Medical and sanitary report of the native army of Bengal for the year
Year: 1877
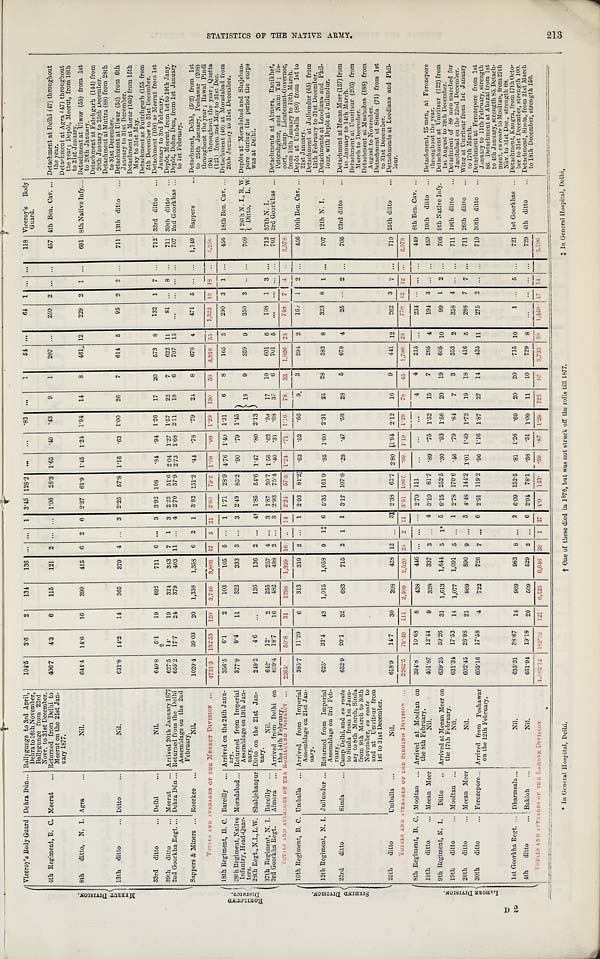
213
CI
t t
† One of these died in 1876, but was not struck off the rolls till 1877.
* In General hospital, Delhi.
‡ In General Hospital, Delhi,
M E R R U T D I V I S I O N Viceroy's Body Guard Debra Dún ... Ballygunge to 3rd April,
Dehra to 16th November,
Ballygunge from 23rd
Novr. to 31st December.
104.5
3.6
2
134
136 ... ...
1 3.45 128.2
...
...
.83
. . .
1
54 ...
64
1 ... . . .
118 Viceroy's Body
Guard.
4th Regiment, B. C. Meerut
... Returned from Delhi to
Meerut on the 21st Jan-
nary 1877.
406.7
4.3
6
115
121
2 ... ... 1.06 28.3 1.65
.49
.43
9
1
207 ...
250
2 ... ...
45 4th Ben. Cav. ... Detachment at Delhi (47) throughout
the year.
Detachment at Agra (47) throughout
the year ; Depôt, Meerut, from 18th
to 21st January.
8th ditto, N. I. Agra
...
Nil.
644.4
14.6
16
399
415
6 2
6 2.27 61.9 1.45 1.24
1.94
14
8
461 12
229
2
1 ...
691 8th Native Infy.... Detachment at Ulwar (55) from 1st
to 20th January.
Detachment at Fatehgarh (144) from
20th January to 25th December.
Detachment at Muttra (88) from 28th
to 31st December.
13th ditto
... Ditto
...
N i l .
631.8
14.2
14
365
379
4
. . .
3 2.25 57.8 1.16
.63 1.00
26
7
614
5
95
2
2 ...
711 13th ditto
... Detachment at Ulwar (52) from 6th J a n u a r y t o 3 1 s t D e c e m b e r .
Detachment at Morar (160) from 15th
May to 31st May.
D e t a c h m e n t a t F u t t e g h a r g h ( 1 5 5 f r o m 5 t h D e c e m b e r t o 3 1 s t D e c e m b e r .
33rd ditto
... Delhi
...
Nil.
640.8
5.1
19
692
.711
6
. . . 3 3.92 108
.84
.91 1.26
17
20
573
8
132
1
7 ...
712 33rd ditto
... Detachment (108) at Meerut from 1st
January to 3rd February.
2
39th ditto
... Meerut
... Arrived 20th January 1877
627.5
14.
19
324
343
7
1
3 2.23
51.0 2.04 1.27 1.57
22
7
622 11
81
. . . 8 ...
711 39th ditto
... Depôt, Meerut, from 1st to 19th Jany.
2nd Goorkha Regt.... Dehra Dún ... Returned from the Delhi
Assemblage on the 2nd
February.
655.2
17.7
24
379
403 11
. . .
4 2.70 57.9 2.73 1.68 2.11
18
6
707 15
. . .
...
. . .
...
707 2nd Goorkhas ... Depôt, Dehra Dun, from 1st January
to 1st February,
Detachment, Delhi, (502) from 1st
to 25th January, Peshawar (208)
throughout the year ; Rawal Pindi
194) throughout the year ; Quetta
(121) from 2nd May to 31st Dec.
Sappers & Miners ... Roorkee ...
Nil.
10204
39.03
20
1,338
1,358 6
2
1 3.82 131.2
.44
.78
.79
24
8
678
4
471
5 ...
. . .
1,149 Sappers
...
.55 1,322 13 18
. . .
5 , 2 5 6
R O H I L C U N D D I V I S I O N .
TOTALS AND AVERAGES OF THE MEERUT DIVISION
4731.3
132.53
120
3,746
3,866
4 2 5 21 2.80
79 . 2 1'09
1 . 0 9 1.29 130
58
3,916
18th Regiment, B. C. Bareilly
. . . Arrived en the 24th Janu-
ary.
356.5
6.1
2
1.03
1 0 5
5
. . . 1 1.71 28.9 4.76 1.40 1.31
6
8
165 3
290
3
1 ...
456 18th Ben. Cav. ... Detachment (16) at Moradabad from
20th January to 31st December.
28th Regiment, Native
In fantry, Head-Quar-
ters.
Moradabad ... Returned from Imperial
Assemblage on 19th Jan-
nary.
377.9
9.4
11
322
333
3
. . . 3 2.49 85.2 .90
.79 1.45
18
9
359 18
350
3 . . . ...
7 0 9 28th N. I., R. W. Depôts at Moradabad and Shajehan-
pore during the period the corps
was at Delhi.
Ditto, L. W.
28th Regt.,N. I., L. W. Shahjehanpur Ditto on the 21st Jan-
nary.
249.2
46
. . .
136
136
2 ...
4† 1.85 54.6 1.47
.80 2.13
37th Regiment, N. I. Bareilly ...
Nil.
642.
12.
2
255
257
4 ...
3 1.87
39.7 1.56
.62
'99
17
10
601
108
1 3 ...
712 37th N. I.
3rd Goorkha Regt.
Almora
... Arrived from Delhi on
the 14th February.
639.4
18.7
16
482
498
2 ...
3 2.93 754 .40
.31
.68
37
6
701
5
. . .
. . .
. . .
...
701 3rd Goorkhas ... Detachments at Almora, Ranikhet,
Petorahghur, and Naini Tal ; Es-
tort, Camp Lieutenant-Governor,
from 10th January to 10th March.
50.8
31
1 2 9 8
1 , 3 2 9
16
. . .
14
2.24
5 7 . 3 1.24
. 7 1
1 . 1 6
78
.33
1,826 23
748
7
4
. . .
2 , 5 7 8
S I R H I N D D I V I S I O N
T O T A L S A N D A V E R A G E S O F T H E R O H I L C U N D D I S T R I C T . . .
2 2 6 5 .
10th Regiment, B. C. Umballa
. . . Arrived from Imperial
Assemblage on 21st Jan-
nary.
385.7
11.29
6
313
3 1 9
2
...
1 2.93
81.2
. 6 3
. 5 2
.66
9
3
294 2
160
1 2
. . .
456 10th Ben. Cav. ... .Depôt at Umballa (80) from 1st to
21st January.
Detachment at Jullundur (65) from
15th February to 31st December.
12th Regiment N. I. Jullundur ... Returned from Imperial
Assemblage on 3rd Feb-
rua ry.
625.
33.4
43
1,015
1,053
9
1 † 6 5.35 161.9
.85 1.60 2.31
25
28
383 8
323
8
1 ...
707 12th N. I.
... Detachments at Loodiana and Phil-
lour, with Depôt at Jullundur.
23rd ditto
Simla
... Camp Delhi, and en route
to Simla from 1st Janu-
ary to 8th March, Simla
from 9th March to 30th
November, en route to
and at Umritsur from
1st to 31st December.
632.9
20.1
32
683
715
2
1
1
3.17 1078 .28
47
.58
28
5
678
25
. . .
2 ...
705 23rd ditto
... Detachment at Meean Meer (137) from
1st January to 14th March.
Detachment at Umritsur (205) from
March to December.
Detachment at Mushobra (188) from
August to November.
Detachment at Simla (71) from 1st
to 31st December.
25th ditto
Umballa ...
Nil.
618.9
14.7
30
398
428 12
. . . 3 2.38 62.7 2.80 1.94 2.12
16
9
441 12
262
3
7 ...
710 25th ditto
... Detachments at Loodiana and Phil-
lour.
L A H O R E D I V I S I O N
TOTALS AND AVERAGES OF THE SIRHIND DIVISION
2262.5
79.49
111
2,4.09
2 , 5 2 0 25
2
11
3.51
1 0 6 . 6
. 9 9
1 . 1 9
1.49
78
15
1 , 7 9 6 26
7 7 0
12
1 2 ... 2,578
8th Regiment, B. C. Mooltan ... Arrived at Mooltan on
the 8th February.
394.8
10.68
8
438
446
. . .
. . . ... 2.70 111
. . .
. . .
. . .
4
4
215
. . .
234
. . . ...
...
419 8th Ben. Cav. ...
19th ditto
... Detachment, 25 men, at Ferozepore
throughout the year.
19th ditto
... Meean Meer
Nil.
401.87
12.41
9
328
337
3
. . . 4 3 . 10 81.7
. 8 9
.75 1.52
15
7
265
4
194
3
. . .
. . .
459
9th Regiment, N. I.
Ditto
... Arrived at Meean Meer on
the 17th February.
639.25
39.26
31
1 , 613
1,641
5
1. 5 6.15 252.5
.30
.93 1.56
20
19
605 10
99
1
2
. . .
706 9th Native Infy.
Detachment at Umritsur (122) from
1st August to 29th December.
19th ditto
... Detachment of 89 men marched for
Jacobabad on the 22nd December.
19th ditto
... Mooltan ...
N i l .
631.34
17.5
14
1,077
1,091
5
. . . 1 2.78 170.6 .46
.79
.8
7
3
353
2
358
4
. . .
. . .
711
26th ditto to
... Meean Meer
Nil.
602.45
26.98
2 1
869
890
9
. . .
3
4.48 144.2 1.01 1.49 1.72
19
18
416
5
288
7
7
. . .
711 26th ditto
... Wing at Umritsur front 1st January
to 17th March.
30th ditto
... Ferozepore... Arrived front Peshawar
on the 12th February.
605.16
17.58
4
722
726
7
. . . 6
2.91 119.2
. 9 6 1.16 1.87
27
14
435 11
275
2
. . . ...
710 30th ditto
... Detachment at Ferozepore front lot
January to 11th February, strength
86. Detachment at A bazai from 1st
to 4th January, strength 85.Detach-
ment, en route to Mooltan, from 27th
Nov. to 31st Dec., strength 68.
1st Goorkha Regt. ... Dharmsala ...
Nil.
635.31
98.67
14
969
983
8
. . .
2 6.09 152.5 .81 1.26
.69
20
20
715 10
1 ...
5
...
721 1st Goorkhas ... Detachment, Kangra, from 17th Octo-
ber to 31st December, strength 1 0 0 .
5th
ditto
... Bakloh
...
Nil.
651.94
19.18
20
509
529
2
. . . 6 2.94 78.1
.38
.31 1.09
11
10
729
8
. . .
. . .
. . .
. . .
729 4th ditto
... Detachment, Simla, front 21st March
to 18th December, strength 150.
TOTALS AND AVERAGES OF THE LOHORE DIVISION
4 , 5 6 2 . 1 2 182.32
1 2 1
6 , 5 2 5
6,646 39
1
27
4. 0
143.'
. 5 9
. 8 7 1.29
123
9 5
3 , 7 3 3
5 0
1,449
..
5,116